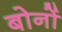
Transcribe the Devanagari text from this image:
बोनों